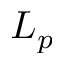
L _ { p }